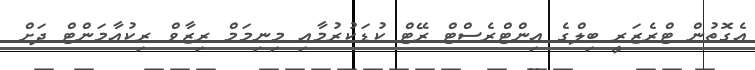
އެގޮތުން ޓްރެޒަރީ ބިލްގެ އިންޓްރެސްޓް ރޭޓް ކުޑަކުރުމާއި މިނިމަމް ރިޒާވް ރިކުއާމަންޓް ދަށް